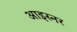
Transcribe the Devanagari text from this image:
आइस्नर